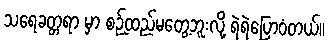
သရေခတ္တရာ မှာ စဉ့်ထည်မတွေ့ဘူးလို့ ရဲရဲပြောဝံတယ်။